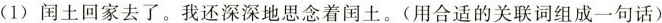
(1) 闰土回家去了。我还深深地思念着闰土。(用合适的关联词组成一句话)